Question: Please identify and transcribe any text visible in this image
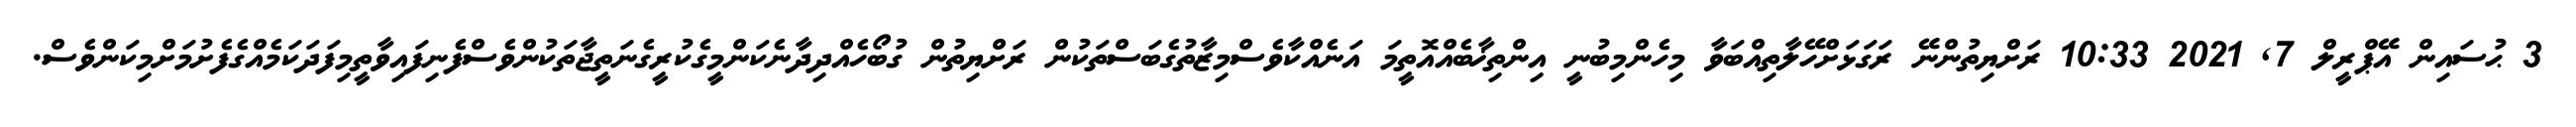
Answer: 3 ޙުސައިން އޭޕްރީލް 7, 2021 10:33 ރަށްޔިތުންނޭ ރަގަޅަށްހޭލާތިއްބަވާ މިހެންމިބުނީ އިންތިޚާބެއްއޮތީމަ އަނެއްކާވެސްމިޒާތުގެބަސްތަކުން ރަށްޔިތުން ގުބޯހެއްދިދާނެކަންމީގެކުރީގެނަތީޖާތަކުންވެސްފެނިފައިވާތީމިފަދަކަމެއްގެފެށުމަށްމިކަންވެސް.